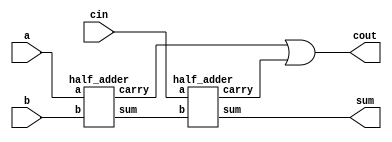
module full_adder(input a, b, cin, output sum, cout);

	wire sum1,carry1,carry2;
	half_adder HA0(a,b,sum1,carry1);
	half_adder HA1(cin,sum1,sum,carry2);

	assign cout = carry1 | carry2;

endmodule

module half_adder(input a,b, output sum, carry);

	assign sum = a ^ b;
	assign carry = a & b;

endmodule

module ripple_adder_4bit(input [3:0] a,b, input cin, output [3:0] sum, output cout);

	wire carry1, carry2, carry3;
	full_adder FA0(a[0],b[0],cin,sum[0],carry1);
	full_adder FA1(a[1],b[1],carry1,sum[1],carry2);
	full_adder FA2(a[2],b[2],carry2,sum[2],carry3);
	full_adder FA3(a[3],b[3],carry3,sum[3],cout);

endmodule

module ripple_adder_6bit(input [5:0] a,b, input cin, output [5:0] sum, output cout);

	wire carry1, carry2, carry3, carry4, carry5;

	full_adder FA0(a[0],b[0],cin,sum[0],carry1);
	full_adder FA1(a[1],b[1],carry1,sum[1],carry2);
	full_adder FA2(a[2],b[2],carry2,sum[2],carry3);
	full_adder FA3(a[3],b[3],carry3,sum[3],carry4);
	full_adder FA4(a[4],b[4],carry4,sum[4],carry5);
	full_adder FA5(a[5],b[5],carry5,sum[5],cout);

endmodule

module ripple_adder_8bit(input [7:0] a,b, input cin, output [7:0] sum, output cout);

	wire carry;

	ripple_adder_4bit RA0(a[3:0],b[3:0],cin,sum[3:0],carry);
	ripple_adder_4bit RA1(a[7:4],b[7:4],carry,sum[7:4],cout);

endmodule

module ripple_adder_12bit(input [11:0] a,b, input cin, output [11:0] sum, output cout);

	wire carry;

	ripple_adder_6bit RA0(a[5:0],b[5:0],cin,sum[5:0],carry);
	ripple_adder_6bit RA1(a[11:6],b[11:6],carry,sum[11:6],cout);

endmodule


module vedic2x2(input [1:0] a,b, output [3:0] prod);

	wire a1b1 = a[1] & b[1];
	wire a0b1 = a[0] & b[1];
	wire a1b0 = a[1] & b[0];
	wire a0b0 = a[0] & b[0];
	wire carry;
	
	assign prod[0] = a0b0;

	half_adder HA0(a0b1,a1b0,prod[1],carry);
	half_adder HA1(a1b1,carry,prod[2],prod[3]);

endmodule

module vedic4x4(input [3:0] a,b, output [7:0] prod);

	wire [3:0] mult0, mult1, mult2, mult3;
	wire [3:0] sum0;
	wire [5:0] sum1, sum2;
	wire carry0, carry1, carry2;

	vedic2x2 VD0(a[1:0],b[1:0],mult0);
	vedic2x2 VD1(a[1:0],b[3:2],mult1);
	vedic2x2 VD2(a[3:2],b[1:0],mult2);
	vedic2x2 VD3(a[3:2],b[3:2],mult3);

	ripple_adder_4bit RA0({2'b0,mult0[3:2]},mult2,1'b0,sum0,carry0);
	ripple_adder_6bit RA1({2'b0,mult1},{mult3,2'b0},1'b0,sum1,carry1);
	ripple_adder_6bit RA2({2'b0,sum0},sum1,1'b0,sum2,carry2);
	
	assign prod = {sum2,mult0[1:0]};

endmodule

module mul(input [7:0] a,b, output [15:0] prod);

	wire [7:0] mult0, mult1, mult2, mult3;
	wire [7:0] sum0;
	wire [11:0] sum1, sum2;
	wire carry0, carry2, carry3;

	vedic4x4 VD0(a[3:0],b[3:0],mult0);
	vedic4x4 VD1(a[3:0],b[7:4],mult1);
	vedic4x4 VD2(a[7:4],b[3:0],mult2);
	vedic4x4 VD3(a[7:4],b[3:0],mult3);

	ripple_adder_8bit RA0({4'b0,mult0[7:4]},mult2,1'b0,sum0,carry0);
	ripple_adder_12bit RA1({4'b0,mult1},{mult3,4'b0},1'b0,sum1,carry1);
	ripple_adder_12bit RA2({4'b0,sum0},sum1,1'b0,sum2,carry2);

	assign prod = {sum2,mult0[3:0]};

endmodule